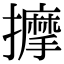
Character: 擵